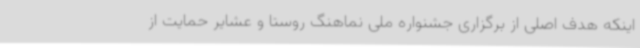
اینکه هدف اصلی از برگزاری جشنواره ملی نماهنگ روستا و عشایر حمایت از